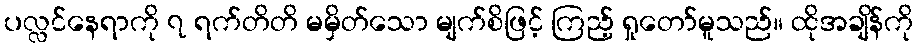
ပလ္လင်နေရာကို ၇ ရက်တိတိ မမှိတ်သော မျက်စိဖြင့် ကြည့် ရှုတော်မူသည်။ ထိုအချိန်ကို